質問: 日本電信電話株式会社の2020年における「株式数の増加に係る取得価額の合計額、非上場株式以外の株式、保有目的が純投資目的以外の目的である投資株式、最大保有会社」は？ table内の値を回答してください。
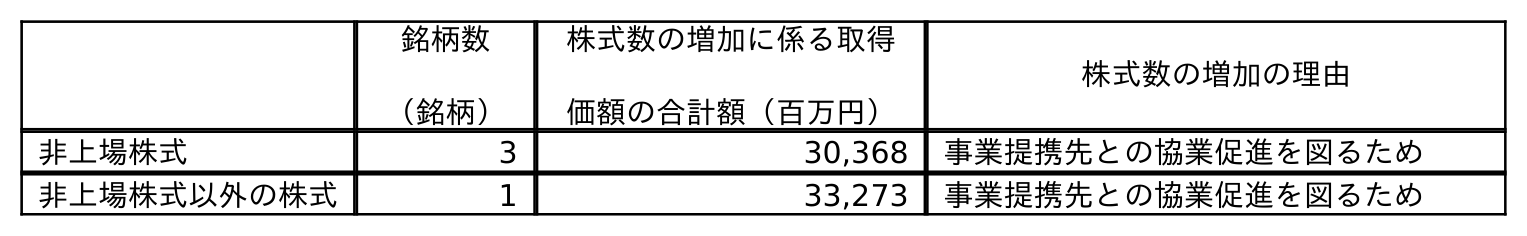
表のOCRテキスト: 銘柄数 （銘柄） 株式数の増加に係る取得 価額の合計額（百万円） 株式数の増加の理由 非上場株式 3 30,368 事業提携先との協業促進を図るため 非上場株式以外の株式 1 33,273 事業提携先との協業促進を図るため
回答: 33,273